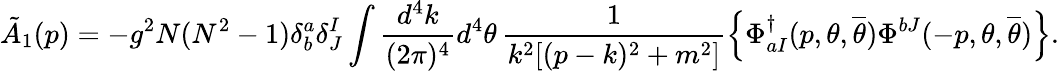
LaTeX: \tilde{A}_{1}(p)=-g^{2}N(N^{2}-1)\delta_{b}^{a}\delta_{J}^{I}\int\frac{d^{4}k}{(2\pi)^{4}}d^{4}\theta\, \frac{1}{k^{2}[(p-k)^{2}+m^{2}]}\left\{ \Phi_{aI}^{\dagger}(p,\theta,{\overline{{\theta}}})\Phi^{bJ}(-p,\theta,{\overline{{\theta}}})\right\} .